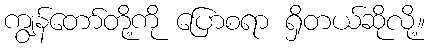
ကျွန်တော်တို့ကို ပြောစရာ ရှိတယ်ဆိုလို့။